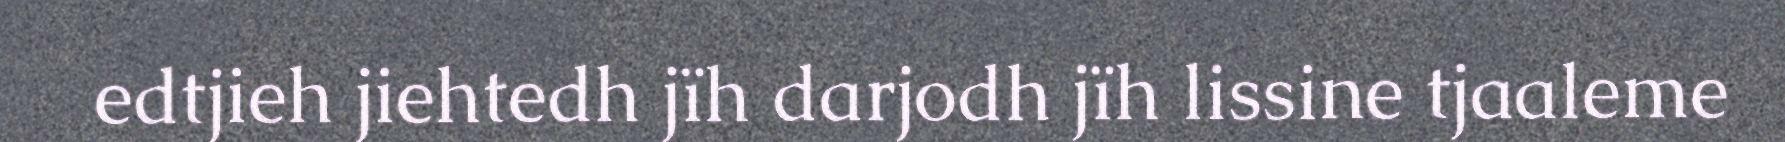
edtjieh jiehtedh jïh darjodh jïh lissine tjaaleme